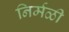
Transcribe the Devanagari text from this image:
निर्मळी